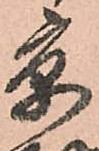
京